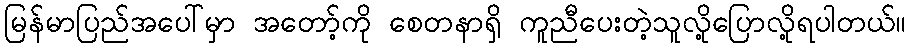
မြန်မာပြည်အပေါ်မှာ အတော့်ကို စေတနာရှိ ကူညီပေးတဲ့သူလို့ပြောလို့ရပါတယ်။